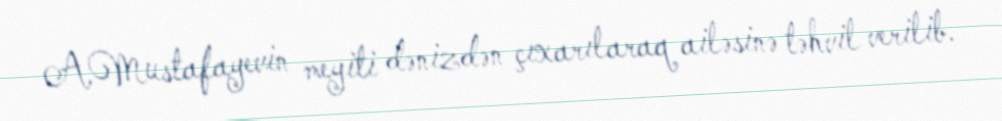
A.Mustafayevin meyiti dənizdən çıxarılaraq ailəsinə təhvil verilib.